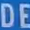
DE